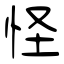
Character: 怪